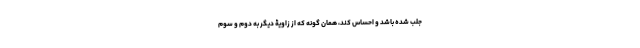
جلب شده باشد و احساس کند، همان گونه که از زاویۀ دیگر به دوم و سوم